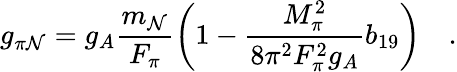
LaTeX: g_{\pi\mathcal{N}}=g_{A}\frac{{m_{\mathcal{N}}}}{{F_{\pi}}}\left(1-\frac{{M_{\pi}^{2}}}{{8\pi^{2}F_{\pi}^{2}g_{A}}}b_{19}\right)\quad.